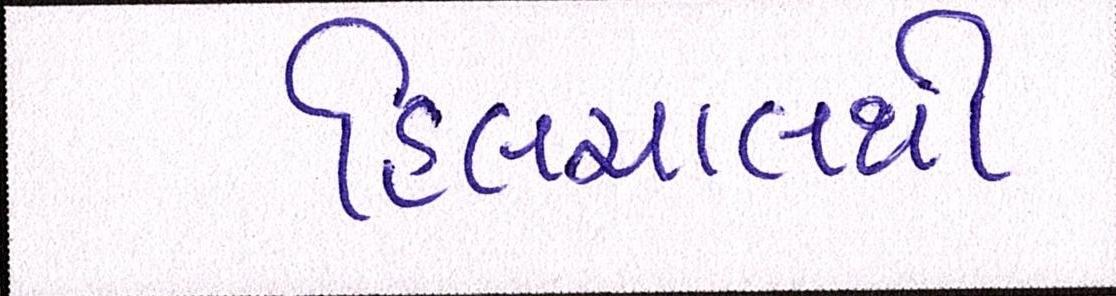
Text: હિલચાલથી